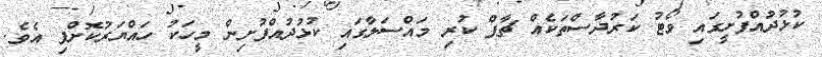
ކުޅުދުއްފުށީގައި ވޯޓު ކަރުދާސްތަކެއް ޗާޕް ކުރި މައްސަލާގައި ކުޅުދުއްފުށިން މީހަކު ހައްޔަރުކޮށްފި އެވެ.